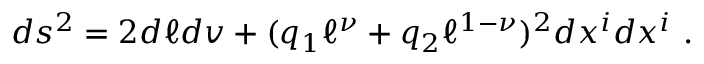
d s ^ { 2 } = 2 d \ell d v + ( q _ { 1 } \ell ^ { \nu } + q _ { 2 } \ell ^ { 1 - \nu } ) ^ { 2 } d x ^ { i } d x ^ { i } \ .